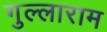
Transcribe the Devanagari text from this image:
गुल्लाराम